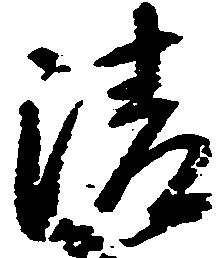
清